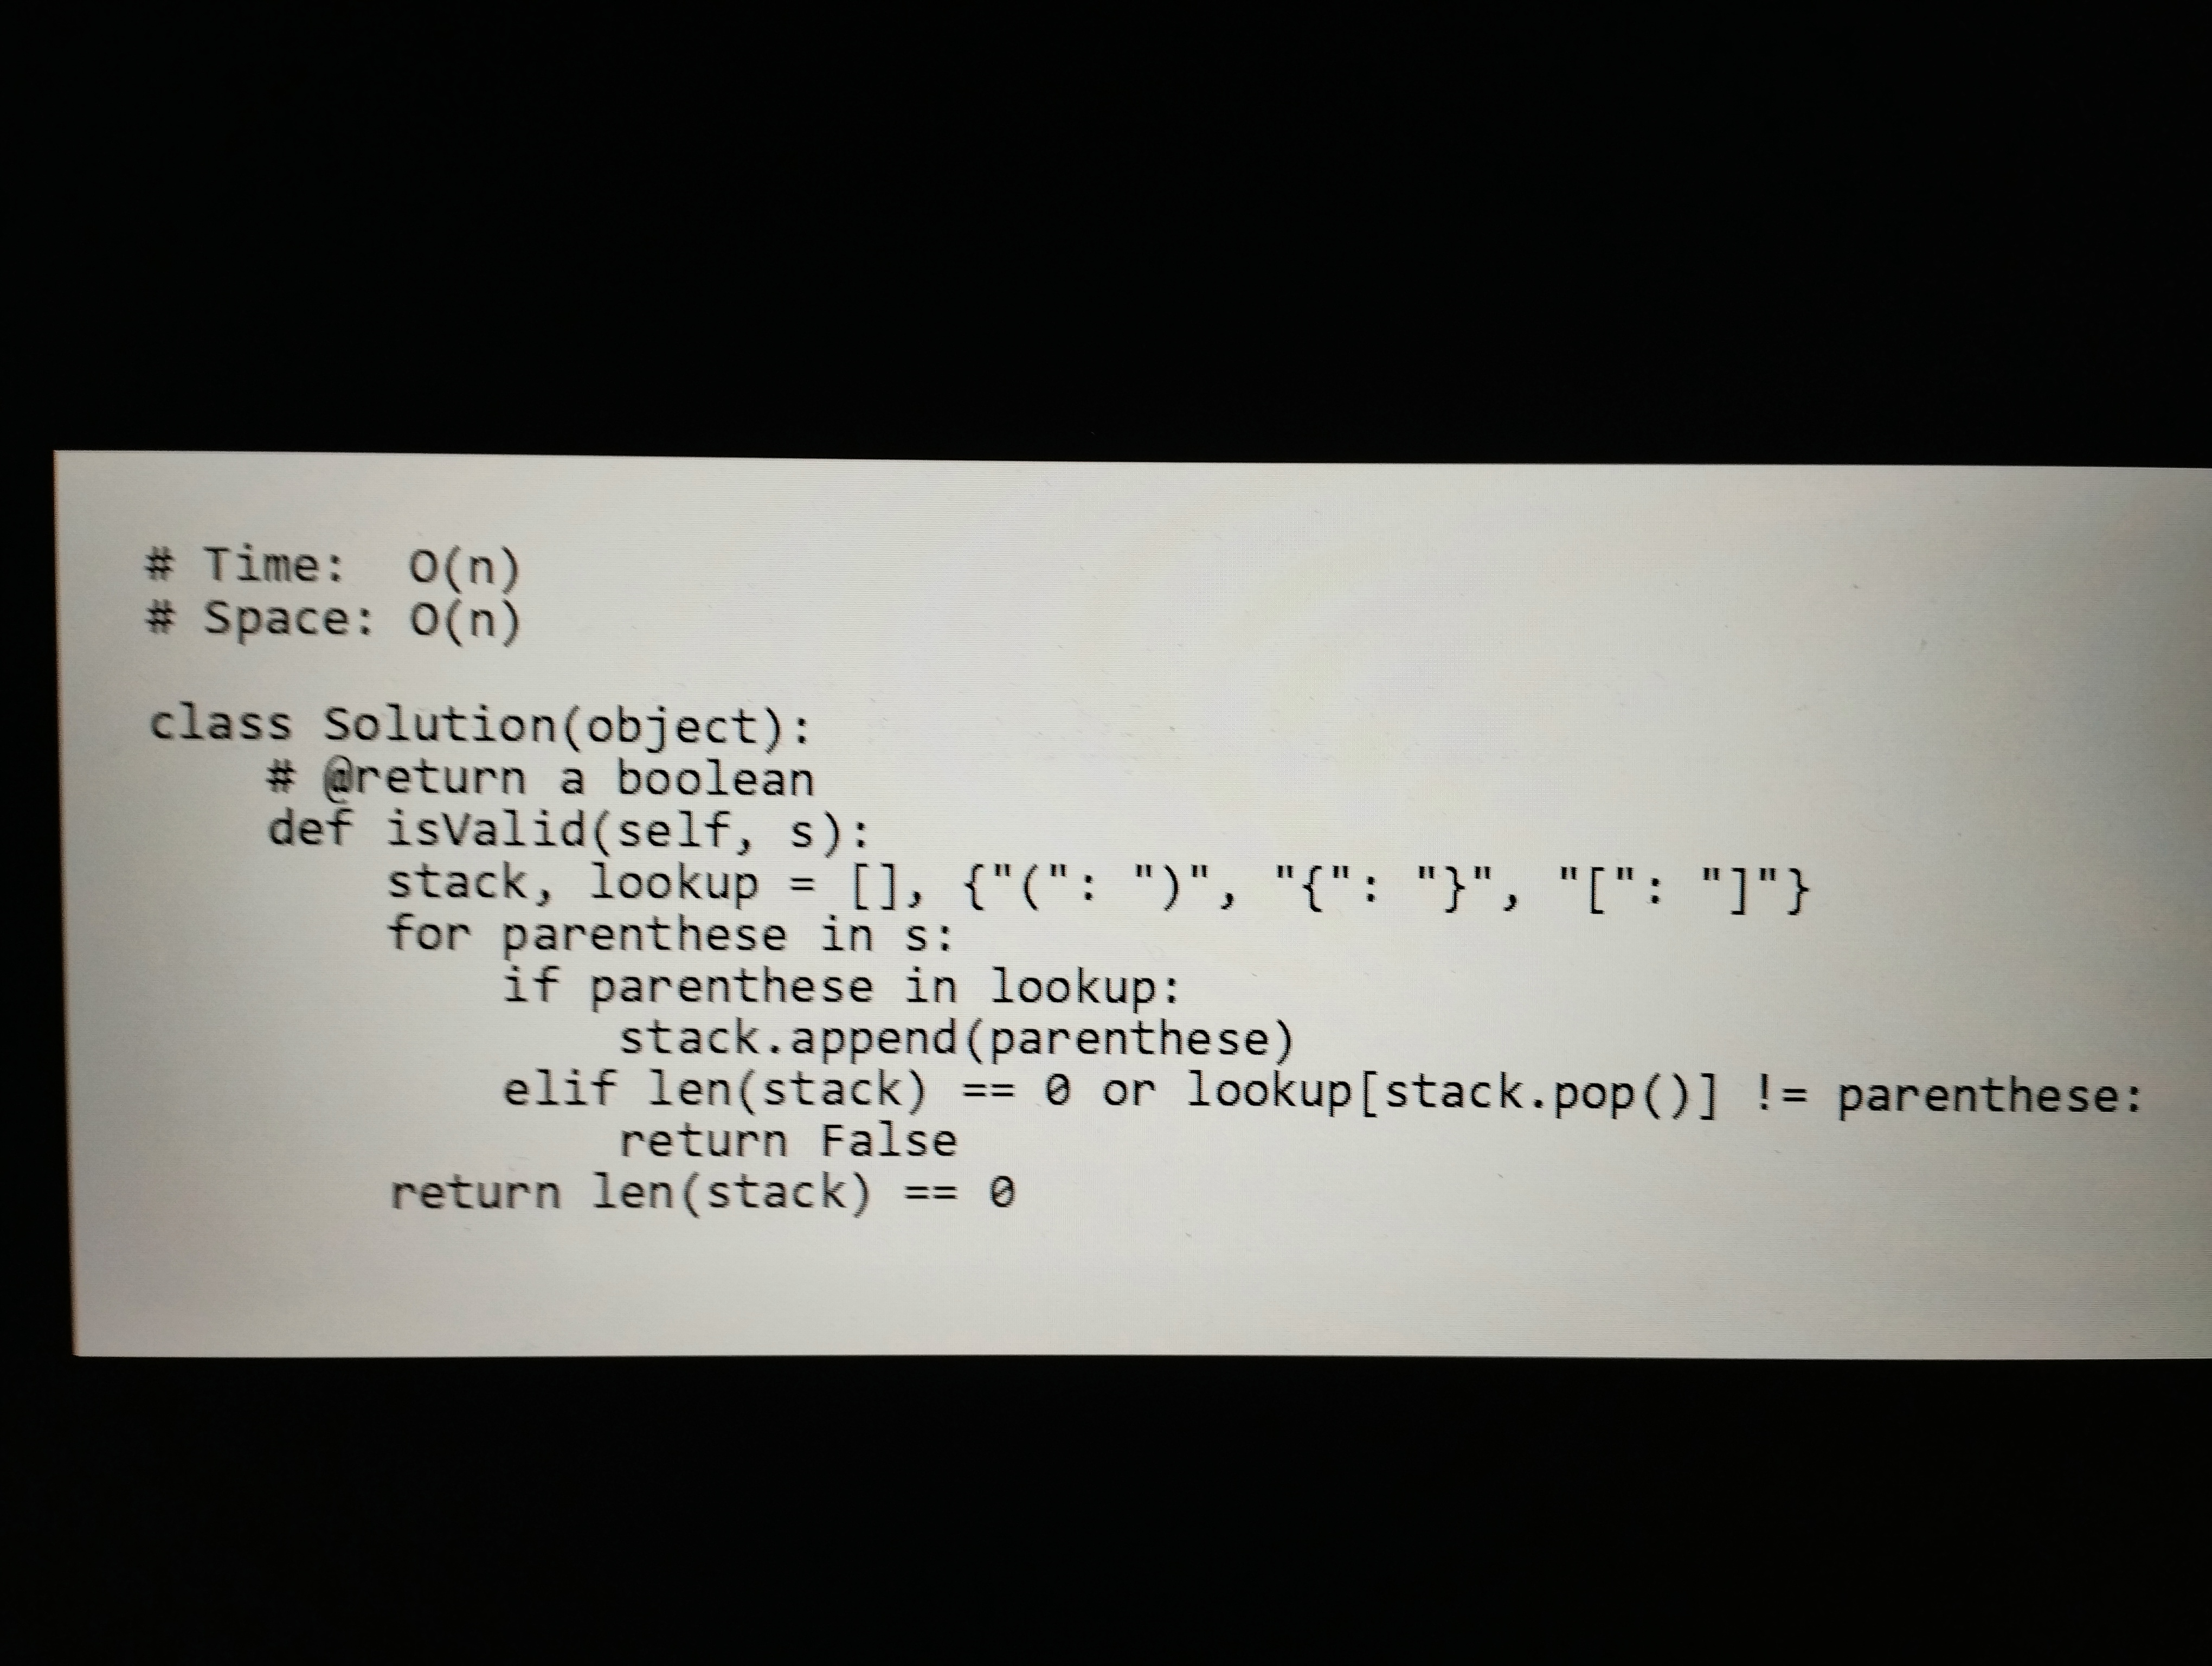
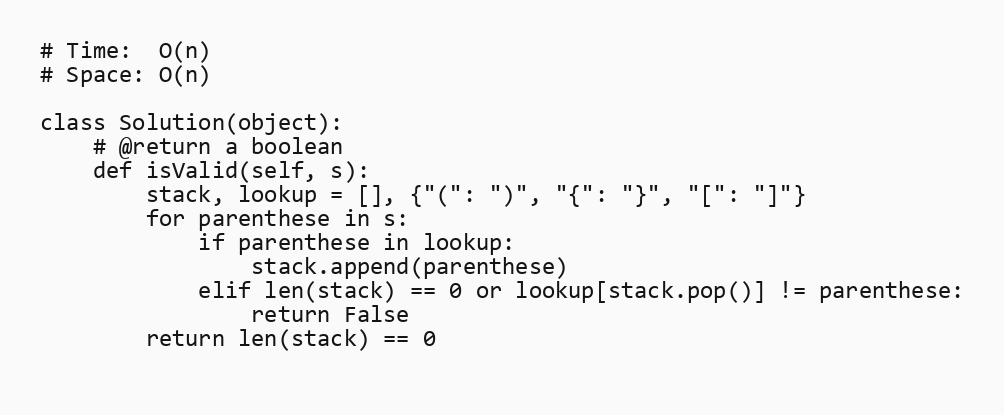
# Time:  O(n)
# Space: O(n)

class Solution(object):
    # @return a boolean
    def isValid(self, s):
        stack, lookup = [], {"(": ")", "{": "}", "[": "]"}
        for parenthese in s:
            if parenthese in lookup:
                stack.append(parenthese)
            elif len(stack) == 0 or lookup[stack.pop()] != parenthese:
                return False
        return len(stack) == 0